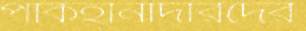
পাকহানাদারদের